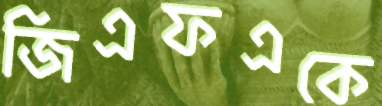
জিএফএকে